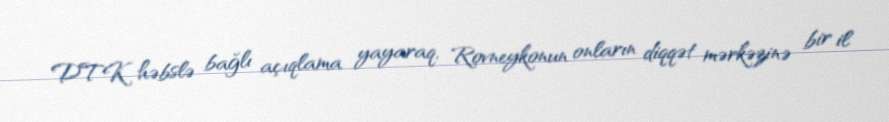
DTK həbslə bağlı açıqlama yayaraq, Rovneykonun onların diqqət mərkəzinə bir il